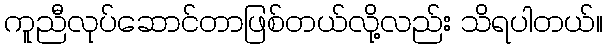
ကူညီလုပ်ဆောင်တာဖြစ်တယ်လို့လည်း သိရပါတယ်။